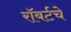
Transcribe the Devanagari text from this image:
रॉबर्टचे